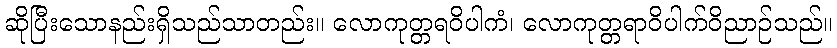
ဆိုပြီးသောနည်းရှိသည်သာတည်း။ လောကုတ္တရဝိပါကံ၊ လောကုတ္တရာဝိပါက်ဝိညာဉ်သည်။